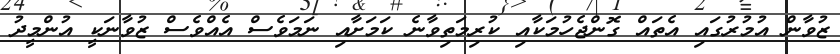
ޒުވާން އުމުރުގައި އެތައް ގޮންޖެހުމަކާއި ކުރިމަތިވާނެ ކަމަށާއި ނަމަވެސް އެއްވެސް ޒުވާނަކީ އުންމީދު